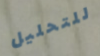
للتحليل